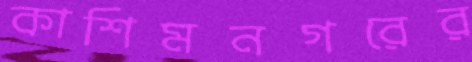
কাশিমনগরের